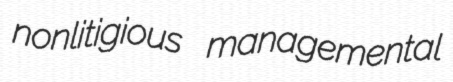
nonlitigious managemental